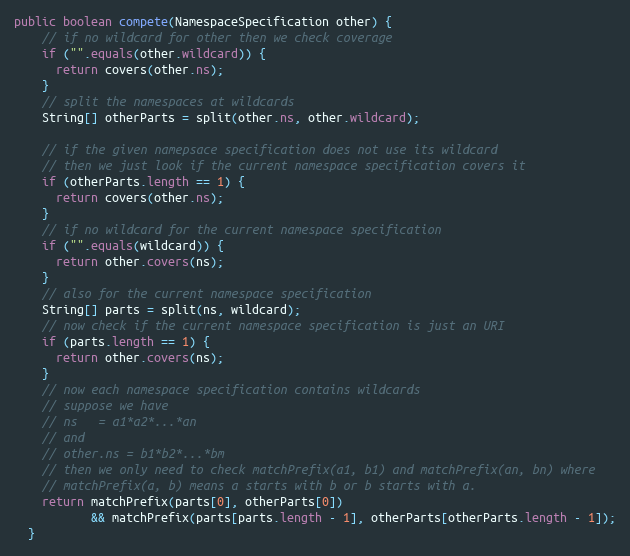
Language: Java
public boolean compete(NamespaceSpecification other) {
    // if no wildcard for other then we check coverage
    if ("".equals(other.wildcard)) {
      return covers(other.ns);
    }
    // split the namespaces at wildcards
    String[] otherParts = split(other.ns, other.wildcard);

    // if the given namepsace specification does not use its wildcard
    // then we just look if the current namespace specification covers it
    if (otherParts.length == 1) {
      return covers(other.ns);
    }
    // if no wildcard for the current namespace specification
    if ("".equals(wildcard)) {
      return other.covers(ns);
    }
    // also for the current namespace specification
    String[] parts = split(ns, wildcard);
    // now check if the current namespace specification is just an URI
    if (parts.length == 1) {
      return other.covers(ns);
    }
    // now each namespace specification contains wildcards
    // suppose we have
    // ns   = a1*a2*...*an
    // and
    // other.ns = b1*b2*...*bm
    // then we only need to check matchPrefix(a1, b1) and matchPrefix(an, bn) where
    // matchPrefix(a, b) means a starts with b or b starts with a.
    return matchPrefix(parts[0], otherParts[0])
           && matchPrefix(parts[parts.length - 1], otherParts[otherParts.length - 1]);
  }